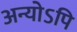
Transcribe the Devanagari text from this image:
अन्योऽपि